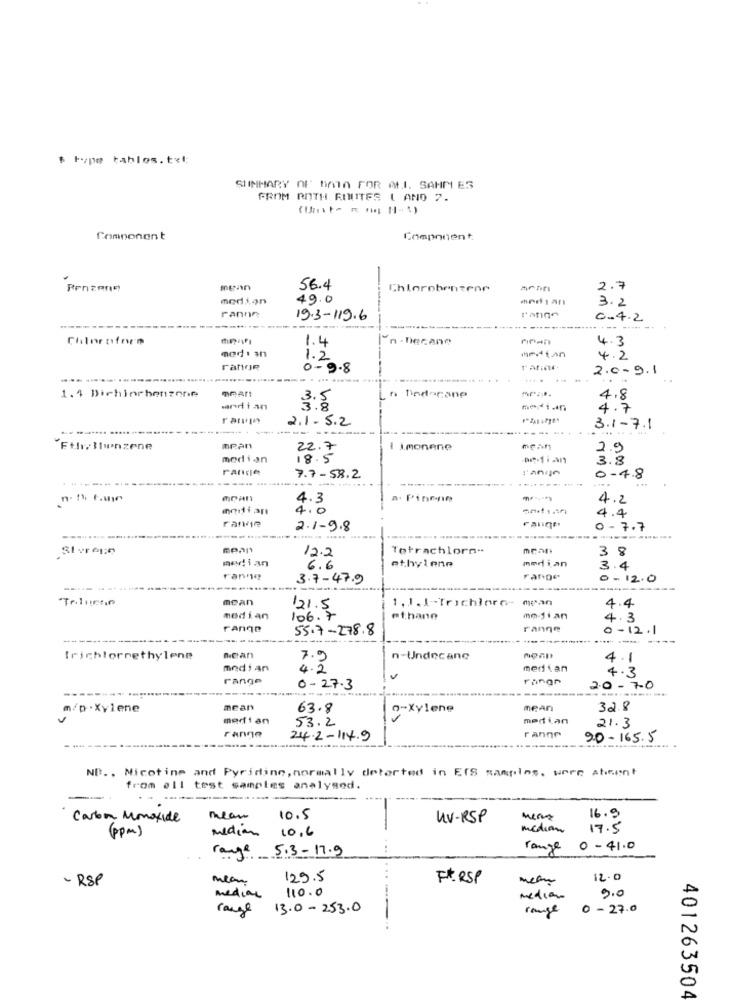
$ Hope tables.txt
SIINHARY OF hon FOR ALI. SAHM ES
FROM BOTH ROUTES ( AND 7.
Comnonon t
Component
56.4
Chlorobentene
2 .7
medion
49.0
3.2
ranne
19.3-119.6
l'ange
0.4.2
---
1.4
n -Decane
4.3
med . an
1.2
med tan
4.2
0-9-8
2.0-9.1
.......... .....
.... .
TRAN
1.4 Dichlorbenzene
3.5
n Dindogane
4.8
indian
4.7
2.1. 5.2
----
3.1-7.1
Ethyllunzene
mean
22.7
imonene
2.9
median
18.5
3.3
rande
7.7-58.2
------
0-7.8
-------
---------
MOAN
4.3
a. Pinene
4.2
modi an
4.0
4.4
rande
2.1-9.8
range
0-7.7
---...
12.2
Tetrachlorn-
mean
38
median
median
6.6
ethylene
3
.4
ranno
3.7-47.9
range
0
- 12.0
mean
4.4
121.5
median
106.7
ethann
mojian
4.3
range
55.7-278.8
ranne
0-12.1
------
Trichlornethylene
7.9
n-Undecane
4.1
. 1
medi an
4.2
median
4.3
range
rangr
0-27.3
2.0-70
m/p.Xylene
mean
63.8
*- Xylene
mean
32.8
medi an
53.2
median
ranno
21.3
24.2-114.9
ranne
90-165.5
NB ., Nicotine and Pyriding, normally detarted in ETS samples, were ahmet
from all test samples analysed.
--------
Carbon Monoxide
mean
10.5
UV-RSP
16.9
(ppm)
median
10.6
medion
17.5
range 0-41.0
range 5.3-17.9
- RSP
129.5
FARSP
12.0
110.0
9.0
medial
medion
range
13.0-253.0
range
0 - 27.0
...-...
401263504